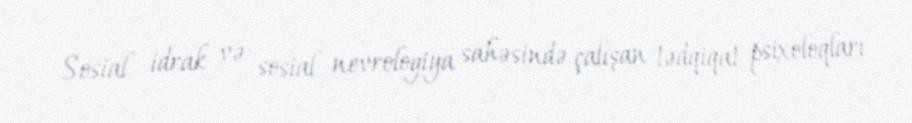
Sosial idrak və sosial nevrologiya sahəsində çalışan tədqiqat psixoloqları